Civil Veterinary Department. Madras. Admin. report 1926-33 - 1926-1933
Year: 1926
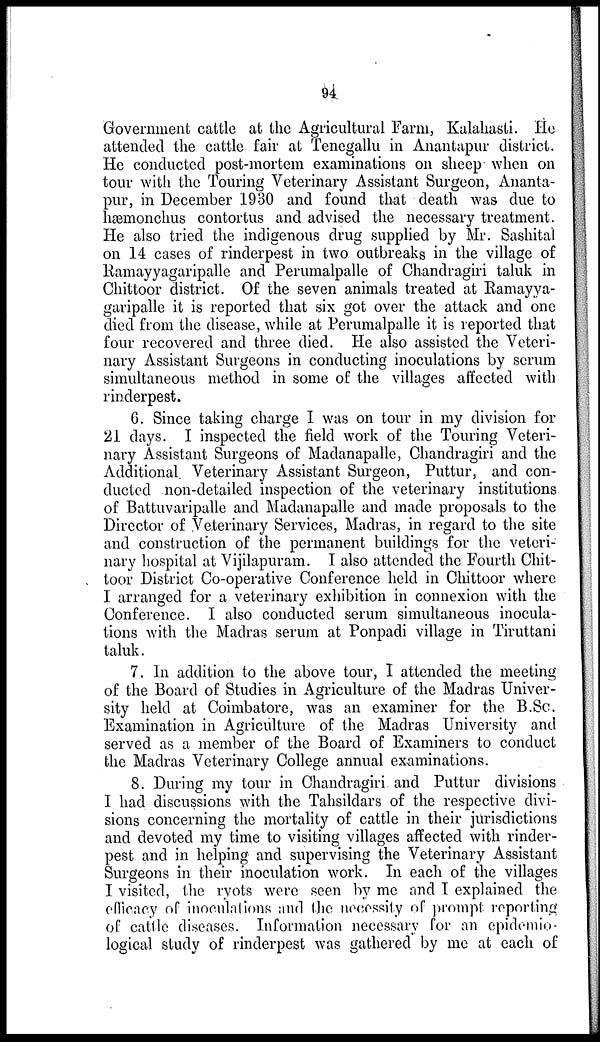
94
Government cattle at the Agricultural Farm, Kalahasti. He
attended the cattle fair at Tenegallu in Anantapur district.
He conducted post-mortem examinations on sheep when on
tour with the Touring Veterinary Assistant Surgeon, Ananta-
pur, in December 1930 and found that death was due to
hæmonchus contortus and advised the necessary treatment.
He also tried the indigenous drug supplied by Mr. Sashital
on 14 cases of rinderpest in two outbreaks in the village of
Ramayyagaripalle and Perumalpalle of Chandragiri taluk in
Chittoor district. Of the seven animals treated at Ramayya-
garipalle it is reported that six got over the attack and one
died from the disease, while at Perumalpalle it is reported that
four recovered and three died. He also assisted the Veteri-
nary Assistant Surgeons in conducting inoculations by serum
simultaneous method in some of the villages affected with
rinderpest.
6. Since taking charge I was on tour in my division for
21 days. I inspected the field work of the Touring Veteri-
nary Assistant Surgeons of Madanapalle, Chandragiri and the
Additional Veterinary Assistant Surgeon, Puttur, and con-
ducted non-detailed inspection of the veterinary institutions
of Battuvaripalle and Madanapalle and made proposals to the
Director of Veterinary Services, Madras, in regard to the site
and construction of the permanent buildings for the veteri-
nary hospital at Vijilapuram. I also attended the Fourth Chit-
toor District Co-operative Conference held in Chittoor where
I arranged for a veterinary exhibition in connexion with the
Conference. I also conducted serum simultaneous inocula-
tions with the Madras serum at Ponpadi village in Tiruttani
taluk.
7. In addition to the above tour, I attended the meeting
of the Board of Studies in Agriculture of the Madras Univer-
sity held at Coimbatore, was an examiner for the B.Sc.
Examination in Agriculture of the Madras University and
served as a member of the Board of Examiners to conduct
the Madras Veterinary College annual examinations.
8. During my tour in Chandragiri and Puttur divisions
I had discussions with the Tahsildars of the respective divi-
sions concerning the mortality of cattle in their jurisdictions
and devoted my time to visiting villages affected with rinder-
pest and in helping and supervising the Veterinary Assistant
Surgeons in their inoculation work. In each of the villages
I visited, the ryots were seen by me and I explained the
efficacy of inoculations and the necessity of prompt reporting
of cattle diseases. Information necessary for an epidemio-
logical study of rinderpest was gathered by me at each of